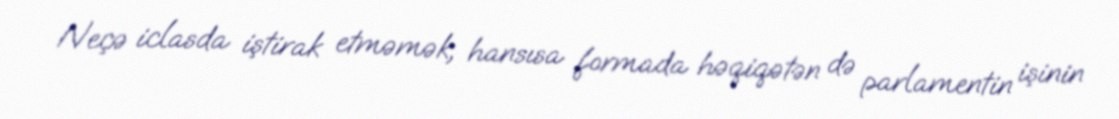
Neçə iclasda iştirak etməmək, hansısa formada həqiqətən də parlamentin işinin